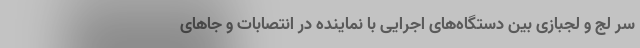
سر لج و لجبازی بین دستگاه‌های اجرایی با نماینده در انتصابات و جاهای